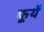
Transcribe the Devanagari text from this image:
फूर्यें